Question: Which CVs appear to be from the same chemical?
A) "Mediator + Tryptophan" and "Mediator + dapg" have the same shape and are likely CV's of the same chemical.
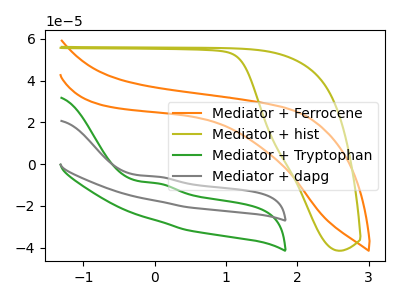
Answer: <think>The orange curve "Mediator + Ferrocene" has no peaks. The olive curve "Mediator + hist" has no peaks. The green curve "Mediator + Tryptophan" has an anodic peak at: (0.05V, -9.25uA). The gray curve "Mediator + dapg" has an anodic peak at: (0.05V, -6.05uA).
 Neither "Mediator + Ferrocene" or "Mediator + hist" have any peaks. "Mediator + Ferrocene" and "Mediator + Tryptophan" have a different number of peaks. "Mediator + Ferrocene" and "Mediator + dapg" have a different number of peaks. "Mediator + hist" and "Mediator + Tryptophan" have a different number of peaks. "Mediator + hist" and "Mediator + dapg" have a different number of peaks. All the peaks in "Mediator + Tryptophan" have a peak in "Mediator + dapg" at the same potential. Every peak in "Mediator + Tryptophan" is lower than every peak in "Mediator + dapg".</think>
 <answer>A) "Mediator + Tryptophan" and "Mediator + dapg" have the same shape and are likely CV's of the same chemical.</answer>
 <eval>A</eval>